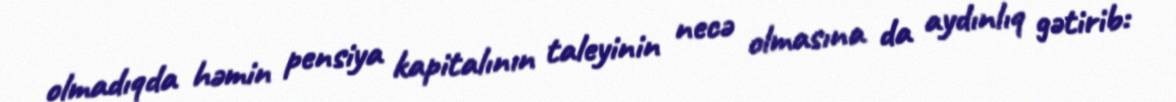
olmadıqda həmin pensiya kapitalının taleyinin necə olmasına da aydınlıq gətirib: